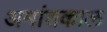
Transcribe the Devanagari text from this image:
अमांतकाल